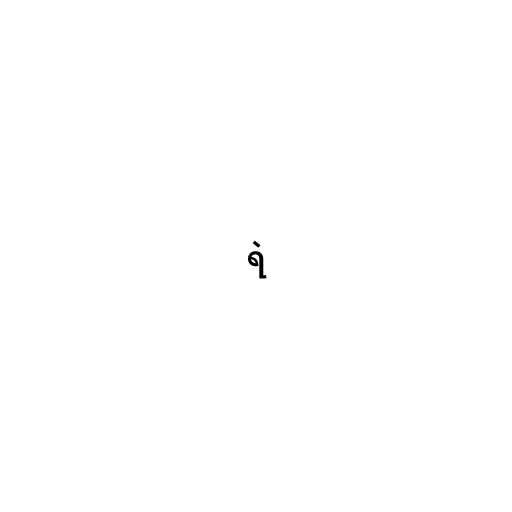
ရဲ